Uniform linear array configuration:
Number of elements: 32
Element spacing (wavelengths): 1
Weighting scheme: cosine
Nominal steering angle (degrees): -30
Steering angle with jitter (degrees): -30.792
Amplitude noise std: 0.05
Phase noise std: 0.05

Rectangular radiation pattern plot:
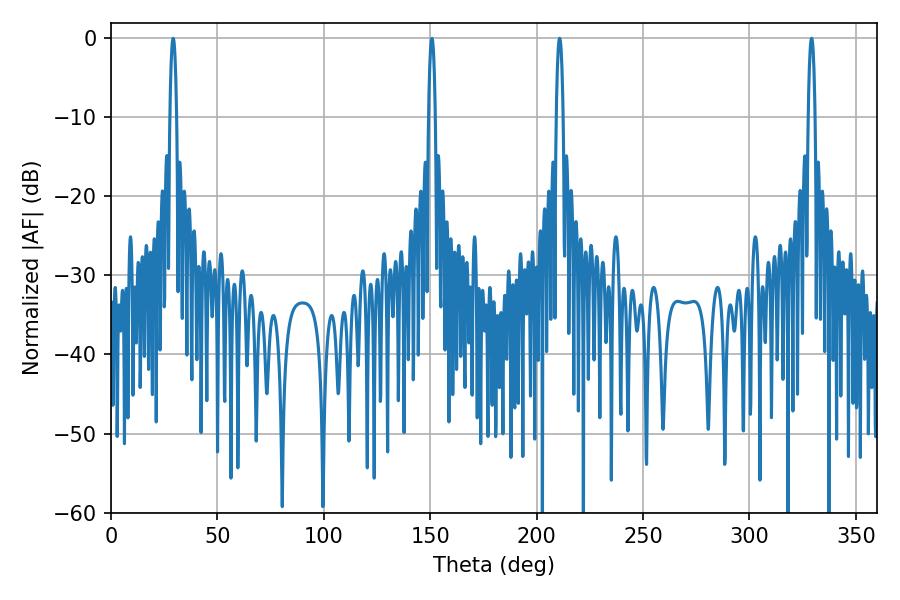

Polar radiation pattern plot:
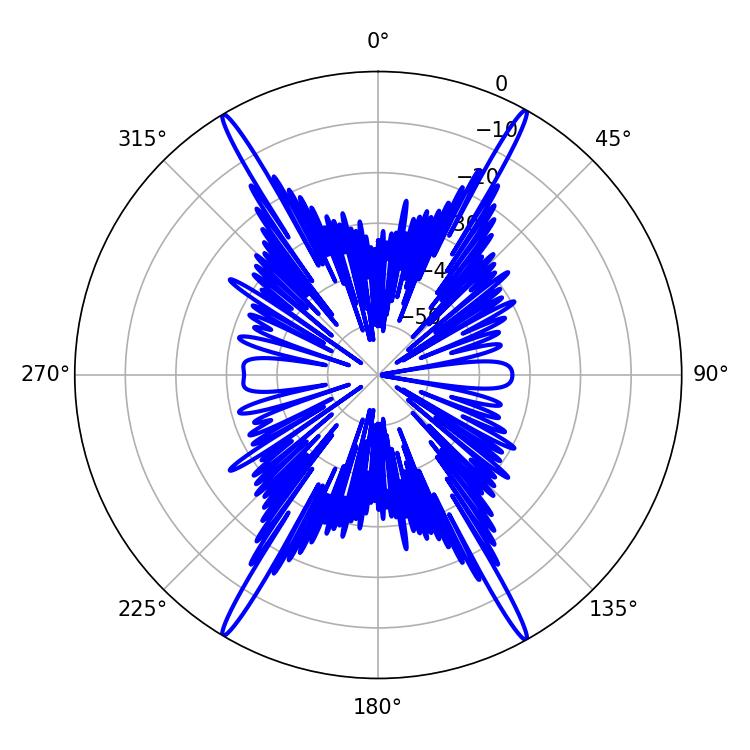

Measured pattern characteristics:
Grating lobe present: TRUE
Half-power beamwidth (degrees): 1.8
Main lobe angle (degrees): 210.78